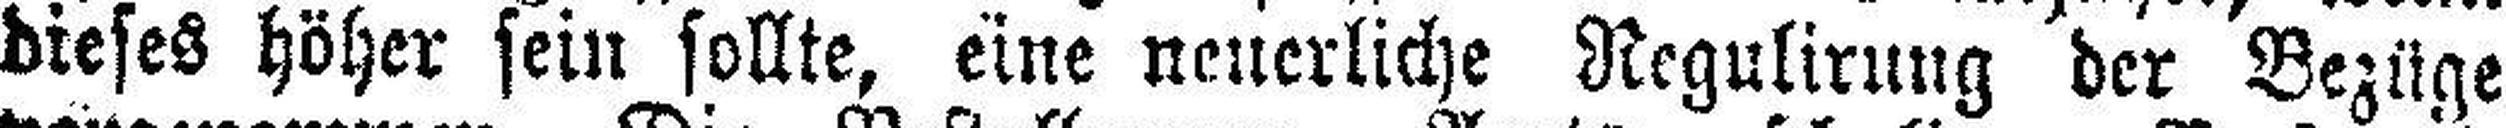
dieses höher sein sollte, eine neuerliche Regulirung der Bezüge